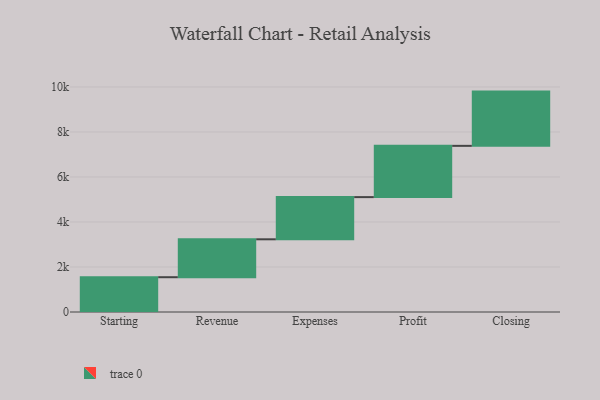
{"axis": {"x": "Step", "y": "Value"}, "legend": [""], "data": [{"x": "Starting", "y": 1546.0, "type": ""}, {"x": "Revenue", "y": 1685.0, "type": ""}, {"x": "Expenses", "y": 1875.0, "type": ""}, {"x": "Profit", "y": 2278.0, "type": ""}, {"x": "Closing", "y": 2411.0, "type": ""}]}